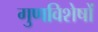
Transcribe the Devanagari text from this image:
गुणविशेषों